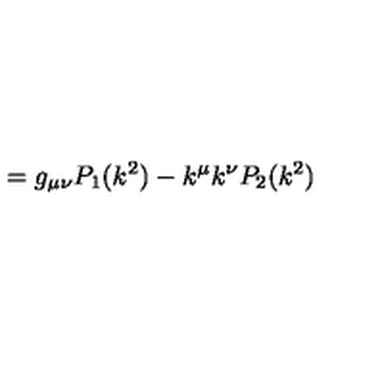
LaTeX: = g _ { \mu \nu } P _ { 1 } ( k ^ { 2 } ) - k ^ { \mu } k ^ { \nu } P _ { 2 } ( k ^ { 2 } )